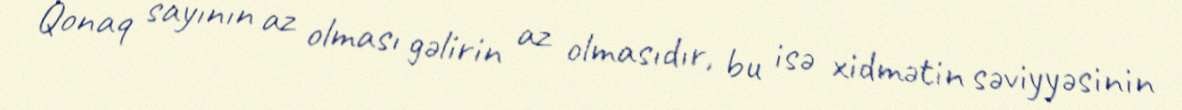
Qonaq sayının az olması gəlirin az olmasıdır, bu isə xidmətin səviyyəsinin